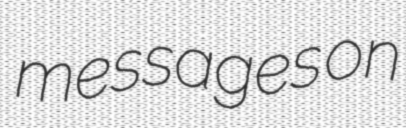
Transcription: messages on